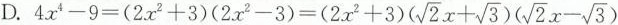
D. $$4 x ^ { 4 } - 9 = ( 2 x ^ { 2 } + 3 )